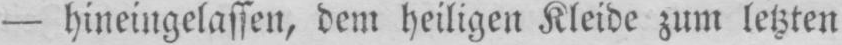
- hineingelassen, dem heiligen Kleide zum letzten